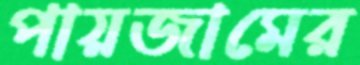
পায়জামের